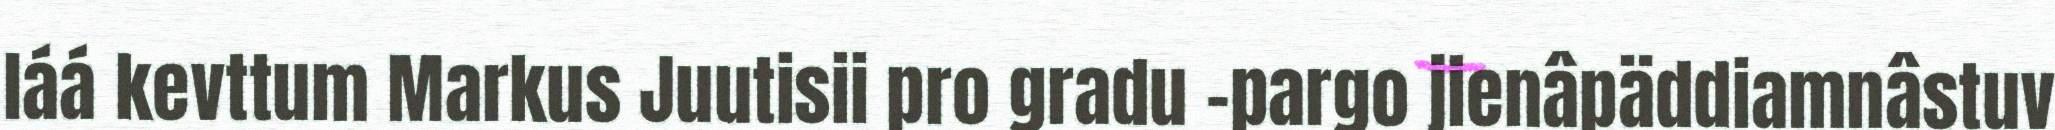
láá kevttum Markus Juutisii pro gradu -pargo jienâpäddiamnâstuv